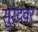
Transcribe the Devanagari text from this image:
सुरेद्रवर